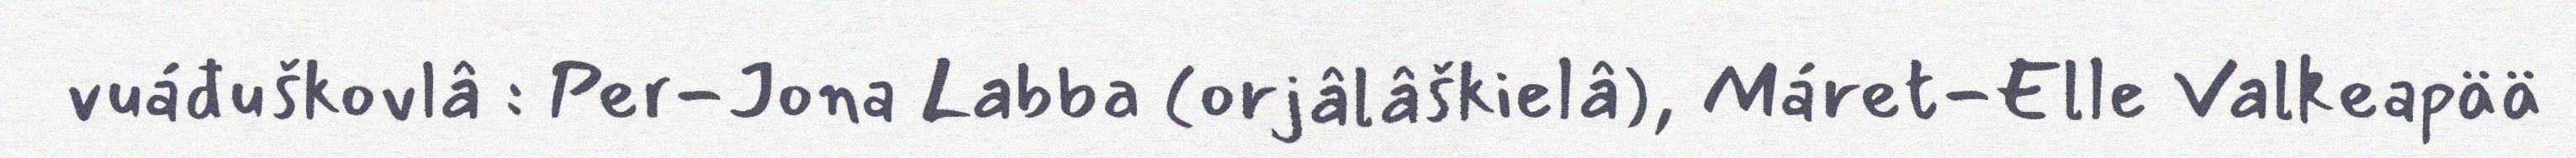
vuáđuškovlâ : Per-Jona Labba (orjâlâškielâ), Máret-Elle Valkeapää